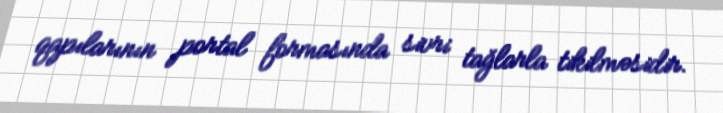
qapılarının portal formasında sivri tağlarla tikilməsidir.